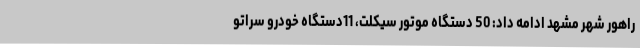
راهور شهر مشهد ادامه داد: 50 دستگاه موتور سیکلت، 11دستگاه خودرو سراتو